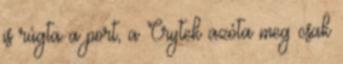
is rúgta a port, a Crytek azóta meg csak